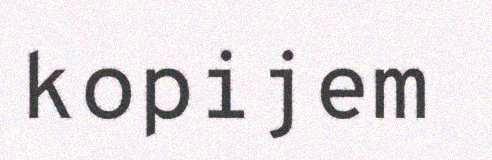
kopijem